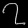
Digit: ၇